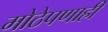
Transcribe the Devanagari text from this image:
मोठेपणाही